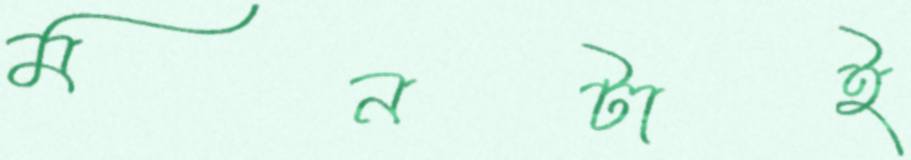
মনটাই